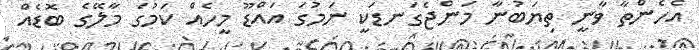
އެހެންތާ ވާނީ ތިޔަބުނާ މަންޖެގަނޑަކީ ނަމުގަ އައްޑޫ މީހެއް ކަމުގަ މާލޭގެ ބޮޑެއް